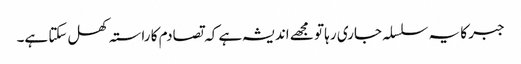
جبر کا یہ سلسلہ جاری رہا تو مجھے اندیشہ ہے کہ تصادم کا راستہ کھل سکتا ہے۔